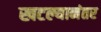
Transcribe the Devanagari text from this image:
खटल्यानंतर